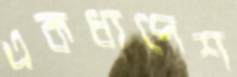
একধাপেশ